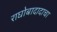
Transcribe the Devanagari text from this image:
राघोबादादाचा